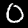
Digit: 0